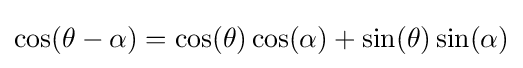
\cos(\theta -\alpha )=\cos(\theta )\cos(\alpha )+\sin(\theta )\sin(\alpha )